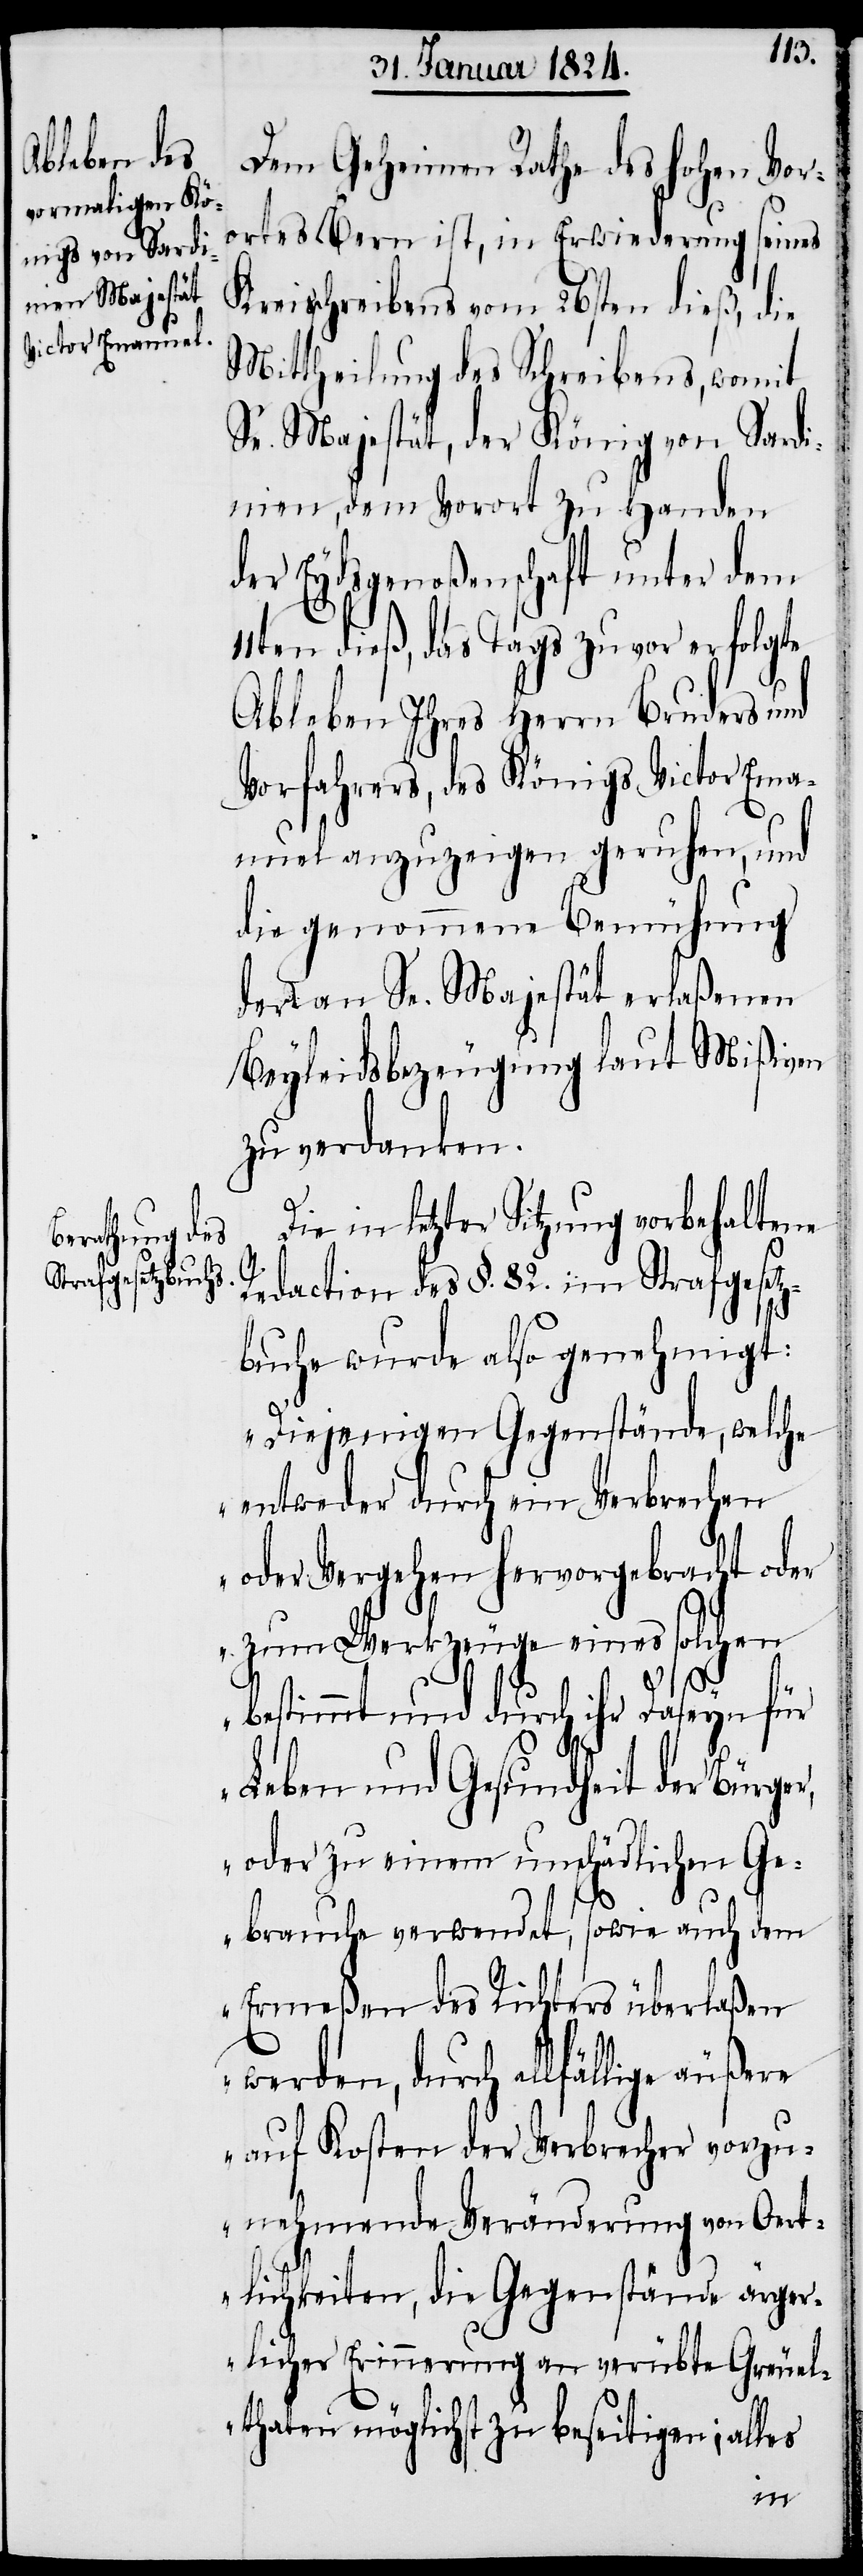
Dem Geheimen Rathe des hohen Vor¬
ortes Bern ist, in Erwiederung seines
Kreisschreibens vom 26ten dieß, die
Mittheilung des Schreibens, womit
Se. Majestät, der König von Sardi¬
nien, dem Vorort zu Handen
der Eydsgenoßenschaft unter dem
11ten dieß, des Tags zuvor erfolgte
Ableben Ihres Herrn Bruders und
Vorfahrers, des Königs Victor Ema¬
nuel anzuzeigen geruhen, und
die genommene Bemühung
der an Sr. Majestät erlaßenen
Beyleidsbezeugung laut Mißiven
zu verdanken.
Die in letzter Sitzung vorbehaltene
Redaction des §. 82. im Strafgesetz¬
buche wurde also genehmigt:
„Diejenigen Gegenständen, welche
entweder durch ein Verbrechen
oder Vergehen hervorgebracht oder
zum Werkzeuge eines solchen
bestimmt und durch ihr Daseyn für
Leben und Gesundheit der Bürge¬
oder zu einem unschädlichen Ge¬
brauche verwendet, sowie auch dem
Ermeßen des Richters überlaßen
werden, durch allfällige äußere
auf Kosten der Verbrecher vorzu¬
nehmende Veränderung von Oert¬
lichkeiten, die Gegenstände ärger¬
licher Erinnerung an verübte Greuel¬
thaten möglichst zu beseitigen; alles
r,